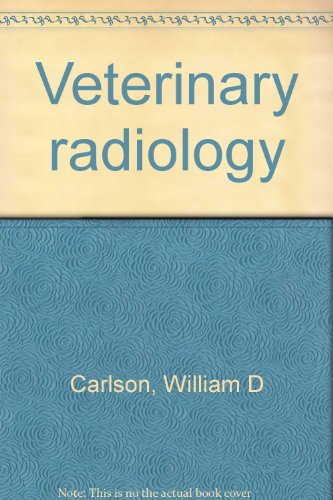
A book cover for Veterinary radiology; William D Carlson; Medical Books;